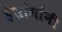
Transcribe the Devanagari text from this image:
हैतांगांनी